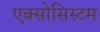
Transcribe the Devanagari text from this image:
एक्सोसिस्टम